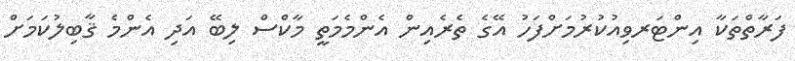
ފަރާތްތަކާ އިންޓަރވިއުކުރުމަށްފަހު އޭގެ ތެރެއިން އެންމެމަތީ މާކްސް ލިބޭ އަދި އެންމެ ޤާބިލުކަމަށް